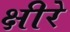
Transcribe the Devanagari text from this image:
क्षीरे